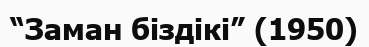
“Заман біздікі” (1950)